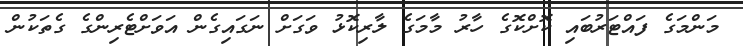
މަންމަގެ ފައްޓަރުބައި ކޮށްކޮގެ ހާރު މާމަގެ ލާރިކޮޅު ވަގަށް ނަގައިގެން އަވަށްޓެރިންގެ ގެތަކުން